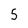
Character: 5